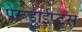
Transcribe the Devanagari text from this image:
पेरूडाईप्ट्स